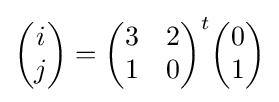
{\begin{pmatrix}i\\j\end{pmatrix}}={\begin{pmatrix}3&2\\1&0\end{pmatrix}}^{t}{\begin{pmatrix}0\\1\end{pmatrix}}